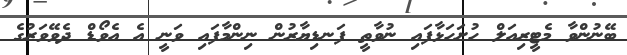
ބޭނުންވާ މެޓީރިއަލް ހުށަހަޅާފައި ނުވާތީ ފަނޑިޔާރުން ނިންމާފައި ވަނީ އެ އެވޯޑް ދެވޭވަރުގެ